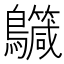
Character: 𪇳